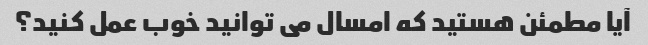
آیا مطمئن هستید که امسال می توانید خوب عمل کنید؟